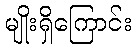
မျိုးရှိကြောင်း